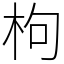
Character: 枸